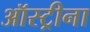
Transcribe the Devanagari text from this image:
ऑस्ट्रीना